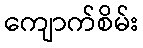
ကျောက်စိမ်း